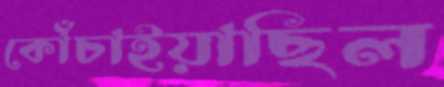
কোঁচাইয়াছিল